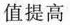
值提高